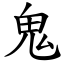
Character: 鬼